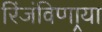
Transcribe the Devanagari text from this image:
रिंजंविणार्‍या